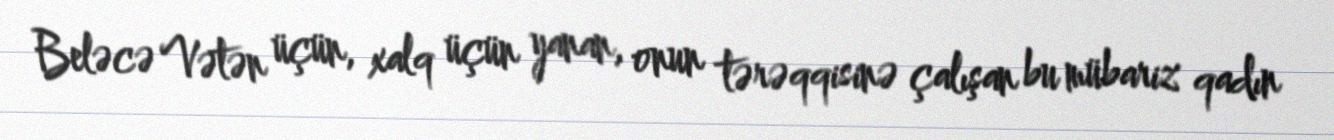
Beləcə Vətən üçün, xalq üçün yanan, onun tərəqqisinə çalışan bu mübariz qadın